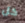
كل